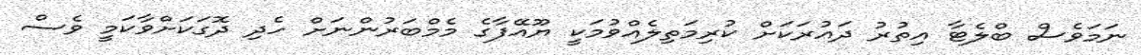
ނަމަވެސް ބްލެޓާ އިތުރު ދައުރަކަށް ކުރިމަތިލެއްވުމަކީ ޔޫއޭފާގެ މެމްބަރުންނަށް ހެދި ދޮގަކަށްވާކަމީ ވެސް